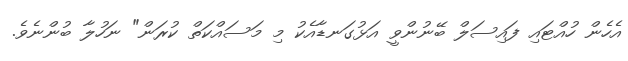
އެހެން ހުއްޓައި ފައިސަލް ބޭނުންވީ އަޅުގަނޑާއެކު މި މަސައްކަތް ކުރަން" ނަހުލާ ބުންނެވެ.